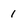
Character: 1